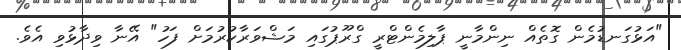
"އަޅުގަނޑުމެން ގޮތެއް ނިންމާނީ ޕާލިމެންޓްރީ ގްރޫޕުގައި މަޝްވަރާކުރުމަށް ފަހު" އޭނާ ވިދާޅުވި އެވެ.